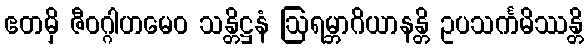
ဧတမှိ ဇီဝဂ္ဂါဟမေဝ သန္တိဋ္ဌနံ ဩရမ္ဘာဂိယာနန္တိ ဥပသင်္ကမိဿန္တိ